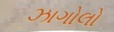
ઝાગોલો